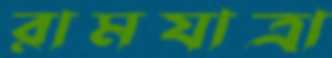
রামযাত্রা